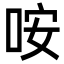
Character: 咹